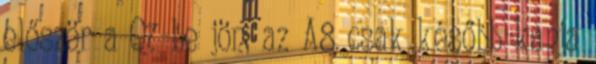
először a Q7-be jön, az A8 csak később kapja